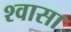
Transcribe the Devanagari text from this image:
श्वासा